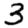
Digit: 3